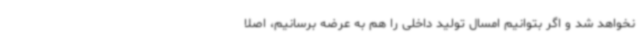
نخواهد شد و اگر بتوانیم امسال تولید داخلی را هم به عرضه برسانیم، اصلا